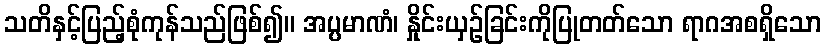
သတိနှင့်ပြည့်စုံကုန်သည်ဖြစ်၍။ အပ္ပမာဏံ၊ နှိုင်းယှဉ်ခြင်းကိုပြုတတ်သော ရာဂအစရှိသော